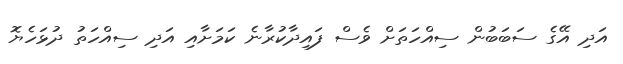
އަދި އޭގެ ސަބަބުން ސިއްހަތަށް ވެސް ފައިދާކުރާނެ ކަމަށާއި އަދި ސިއްހަތު ދުޅަހެޔޮ